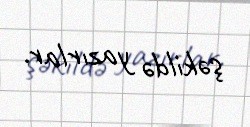
şəkildə yazırlar.